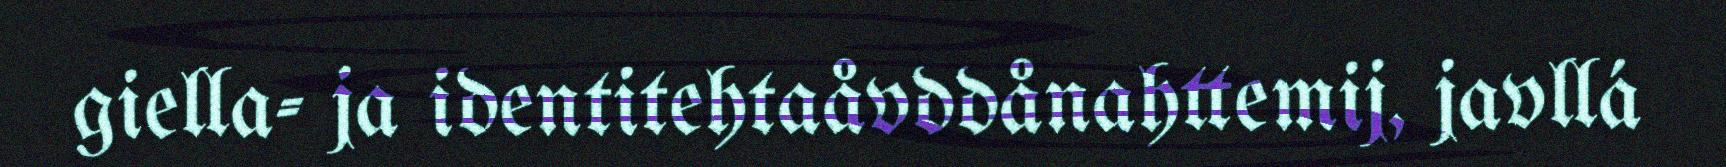
giella- ja identitehtaåvddånahttemij, javllá